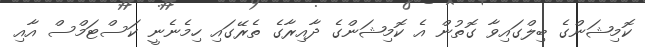
ކޮމިޝަންގެ ބިލްގައިވާ ގޮތުން އެ ކޮމިޝަންގެ ދާއިރާގެ ތެރޭގައި ހިމެނެނީ ކަސްޓަމްސް އާއި